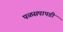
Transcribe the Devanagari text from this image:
पळसपापडी